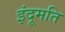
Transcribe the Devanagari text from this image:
इंदूमति